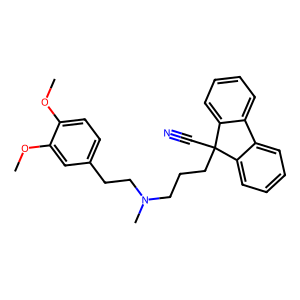
SMILES: COc1ccc(CCN(C)CCCC2(C#N)c3ccccc3-c3ccccc32)cc1OC
Inhibits HIV replication: No